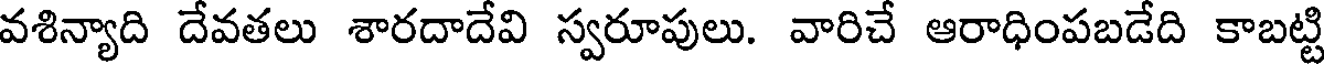
వశిన్యాది దేవతలు శారదాదేవి స్వరూపులు. వారిచే ఆరాధింపబడేది కాబట్టి